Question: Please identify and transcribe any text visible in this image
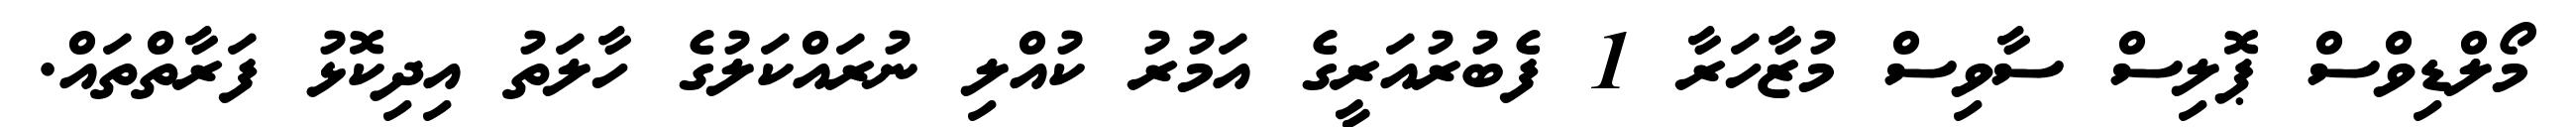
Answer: މޯލްޑިވްސް ޕޮލިސް ސާވިސް މުޒާހަރާ 1 ފެބުރުއަރީގެ އަމުރު ކުއްލި ނުރައްކަލުގެ ހާލަތު އިދިކޮޅު ފަރާތްތައް.